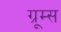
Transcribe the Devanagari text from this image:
ग्रूम्स